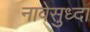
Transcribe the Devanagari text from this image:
नावेसुध्दा